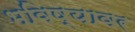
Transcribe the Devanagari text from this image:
भविष्यावर